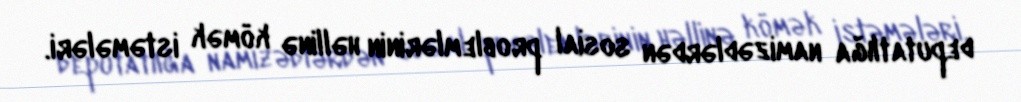
deputatlığa namizədlərdən sosial problemlərinin həllinə kömək istəmələri.